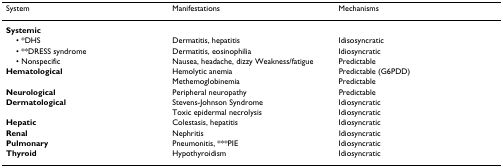
| System | Manifestations | Mechanisms |
 | --- | --- | --- |
 | Systemic |  |  |
 | • *DHS | Dermatitis, hepatitis | Idisosyncratic |
 | • **DRESS syndrome | Dermatitis, eosinophilia | Idiosyncratic |
 | • Nonspecific | Nausea, headache, dizzy Weakness/fatigue | Predictable |
 | Hematological | Hemolytic anemia | Predictable (G6PDD) |
 |  | Methemoglobinemia | Predictable |
 | Neurological | Peripheral neuropathy | Predictable |
 | Dermatological | Stevens-Johnson Syndrome | Idiosyncratic |
 |  | Toxic epidermal necrolysis | Idiosyncratic |
 | Hepatic | Colestasis, hepatitis | Idiosyncratic |
 | Renal | Nephritis | Idiosyncratic |
 | Pulmonary | Pneumonitis, ***PIE | Idiosyncratic |
 | Thyroid | Hypothyroidism | Idiosyncratic |